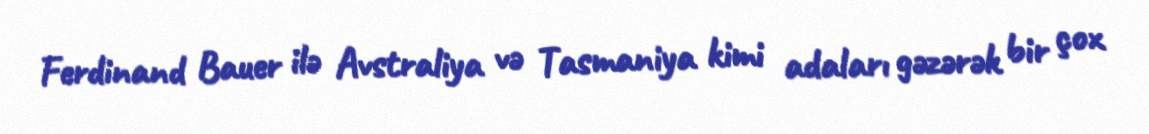
Ferdinand Bauer ilə Avstraliya və Tasmaniya kimi adaları gəzərək bir çox